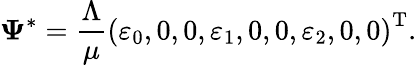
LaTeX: \mathbf{\Psi}^{*}=\frac{\Lambda}{\mu}\left(\varepsilon_{0},0,0,\varepsilon_{1},0,0,\varepsilon_{2},0,0\right)^{\mathrm{T}}.